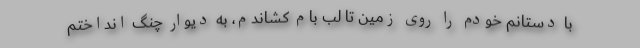
با دستانم خودم را روی زمین تا لب بام کشاندم، به دیوار چنگ انداختم